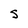
Character: S